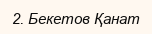
2. Бекетов Қанат